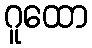
ဂူထော